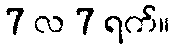
7 လ 7 ရက်။